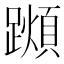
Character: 𨆌